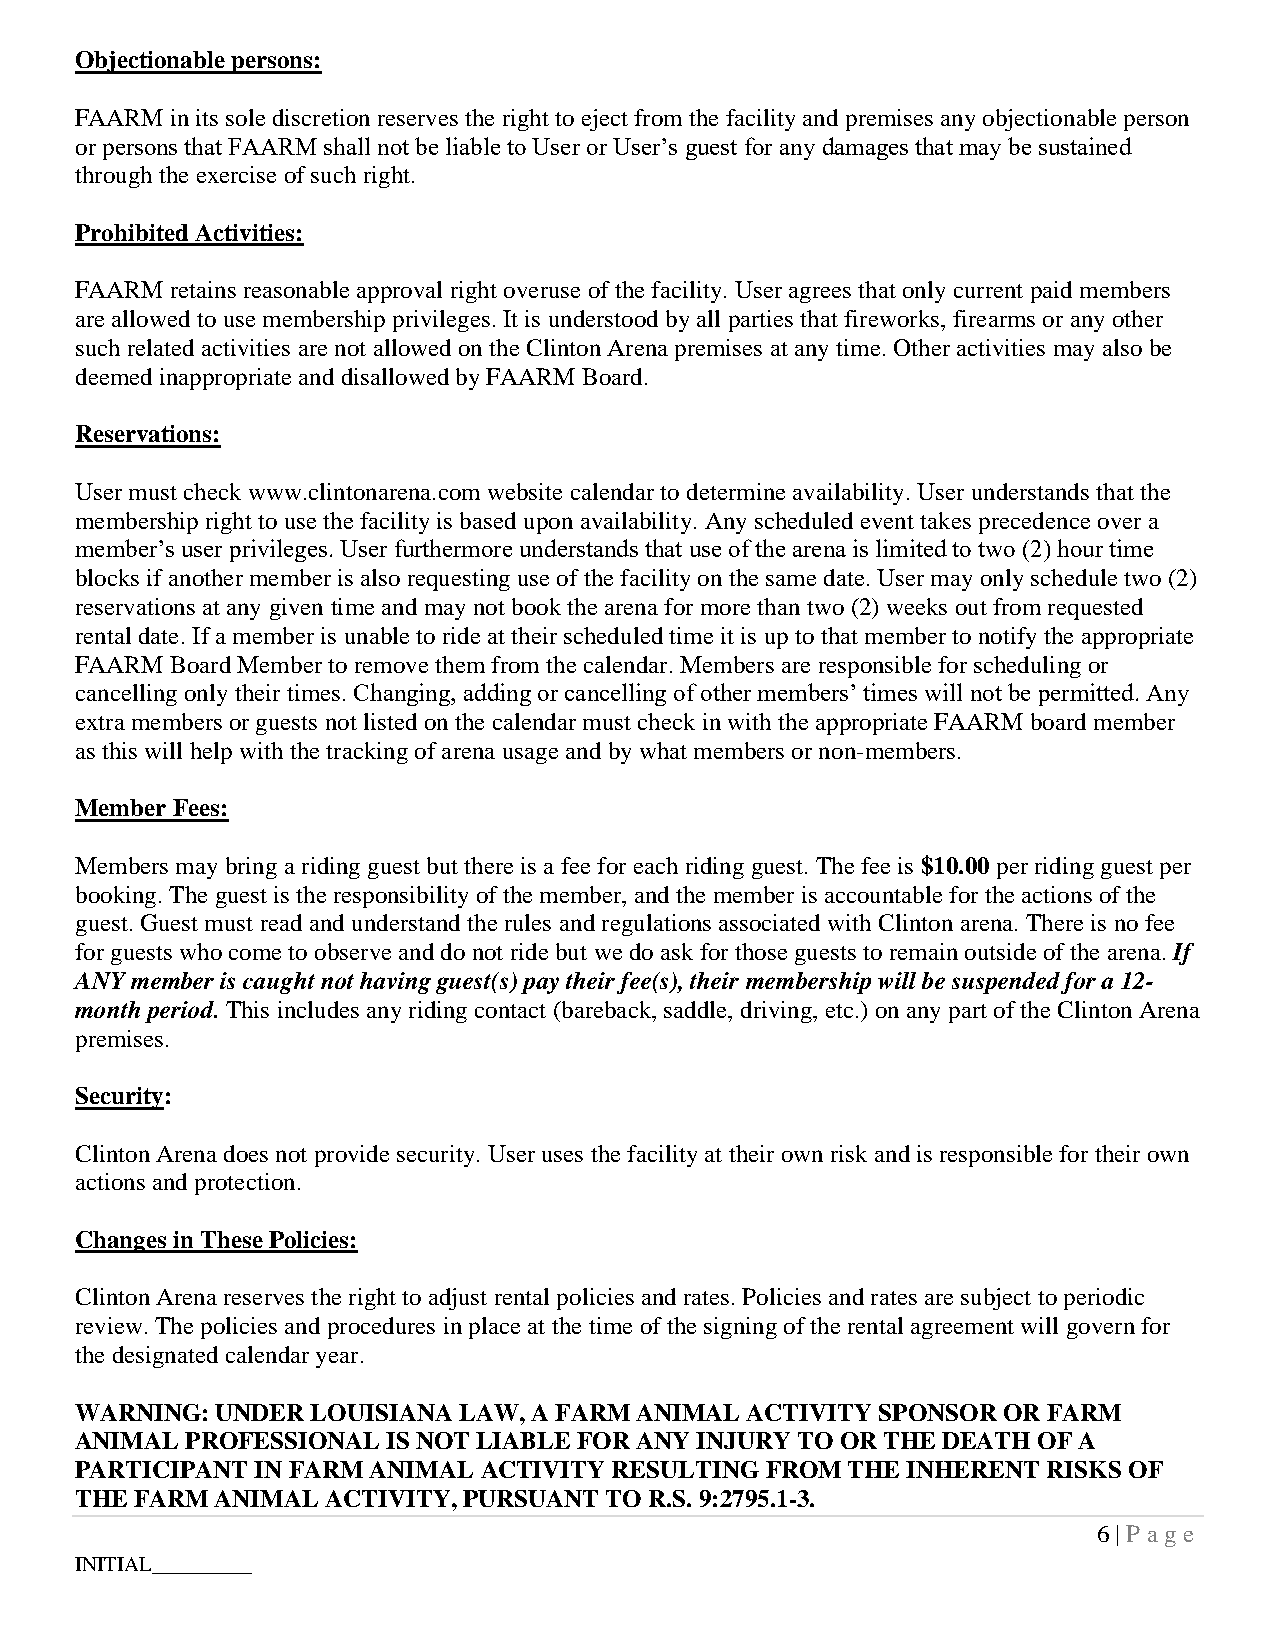
Objectionable persons:
 FAARM in its sole discretion reserves the right to eject from the facility and premises any objectionable person
 or persons that FAARM shall not be liable to User or User’s guest for any damages that may be sustained
 through the exercise of such right.
 Prohibited Activities:
 FAARM retains reasonable approval right overuse of the facility. User agrees that only current paid members
 are allowed to use membership privileges. It is understood by all parties that fireworks, firearms or any other
 such related activities are not allowed on the Clinton Arena premises at any time. Other activities may also be
 deemed inappropriate and disallowed by FAARM Board.
 Reservations:
 User must check www.clintonarena.com website calendar to determine availability. User understands that the
 membership right to use the facility is based upon availability. Any scheduled event takes precedence over a
 member’s user privileges. User furthermore understands that use of the arena is limited to two (2) hour time
 blocks if another member is also requesting use of the facility on the same date. User may only schedule two (2)
 reservations at any given time and may not book the arena for more than two (2) weeks out from requested
 rental date. If a member is unable to ride at their scheduled time it is up to that member to notify the appropriate
 FAARM Board Member to remove them from the calendar. Members are responsible for scheduling or
 cancelling only their times. Changing, adding or cancelling of other members’ times will not be permitted. Any
 extra members or guests not listed on the calendar must check in with the appropriate FAARM board member
 as this will help with the tracking of arena usage and by what members or non-members.
 Member Fees:
 Members may bring a riding guest but there is a fee for each riding guest. The fee is $10.00 per riding guest per
 booking. The guest is the responsibility of the member, and the member is accountable for the actions of the
 guest. Guest must read and understand the rules and regulations associated with Clinton arena. There is no fee
 for guests who come to observe and do not ride but we do ask for those guests to remain outside of the arena. If
 ANY member is caught not having guest(s) pay their fee(s), their membership will be suspended for a 12-
 month period. This includes any riding contact (bareback, saddle, driving, etc.) on any part of the Clinton Arena
 premises.
 Security:
 Clinton Arena does not provide security. User uses the facility at their own risk and is responsible for their own
 actions and protection.
 Changes in These Policies:
 Clinton Arena reserves the right to adjust rental policies and rates. Policies and rates are subject to periodic
 review. The policies and procedures in place at the time of the signing of the rental agreement will govern for
 the designated calendar year.
 WARNING: UNDER  LOUISIANA LAW, A FARM ANIMAL ACTIVITY SPONSOR OR FARM
 ANIMAL PROFESSIONAL  IS NOT LIABLE FOR ANY INJURY TO OR THE DEATH OF A
 PARTICIPANT IN FARM ANIMAL ACTIVITY RESULTING FROM THE INHERENT RISKS OF
 THE FARM ANIMAL  ACTIVITY, PURSUANT TO R.S. 9:2795.1-3.
 6 | P age
 INITIAL________